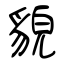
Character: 貌